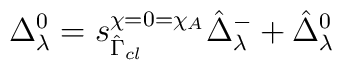
\Delta_{\lambda}^0 = s_{\hat{\Gamma}_{cl}}^{\chi = 0 = \chi_A} \hat{\Delta}_{\lambda}^-   +                                    \hat{\Delta}_{\lambda}^0